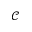
\mathcal { C }